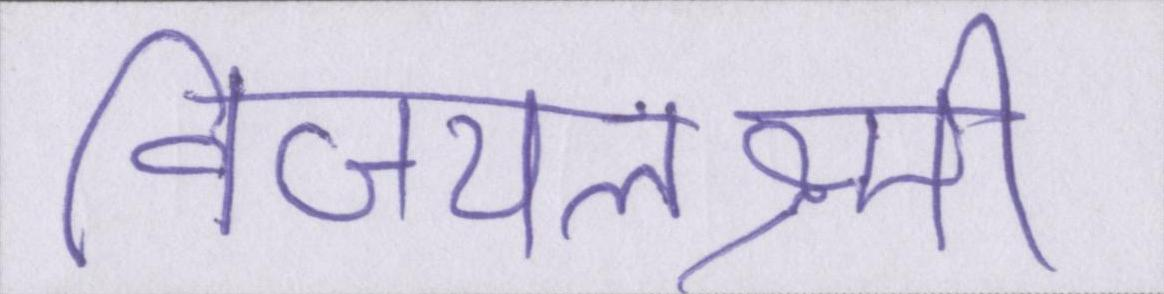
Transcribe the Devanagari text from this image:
विजयलक्ष्मी